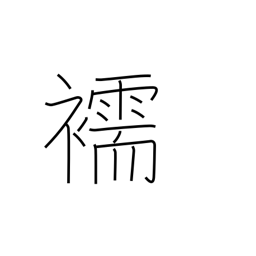
Meaning: underwear